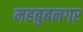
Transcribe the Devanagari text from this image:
महबुबनगर